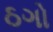
ઠગો